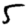
Digit: 5